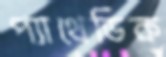
প্যাথেডিক